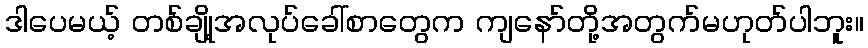
ဒါပေမယ့် တစ်ချို့အလုပ်ခေါ်စာတွေက ကျနော်တို့အတွက်မဟုတ်ပါဘူး။